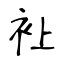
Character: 𧘕